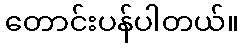
တောင်းပန်ပါတယ်။